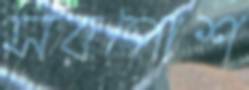
সরপোশ